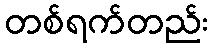
တစ်ရက်တည်း